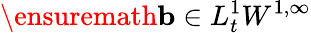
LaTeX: \ensuremath{\mathbf{b}}\in L_{t}^{1}W^{1,\infty}